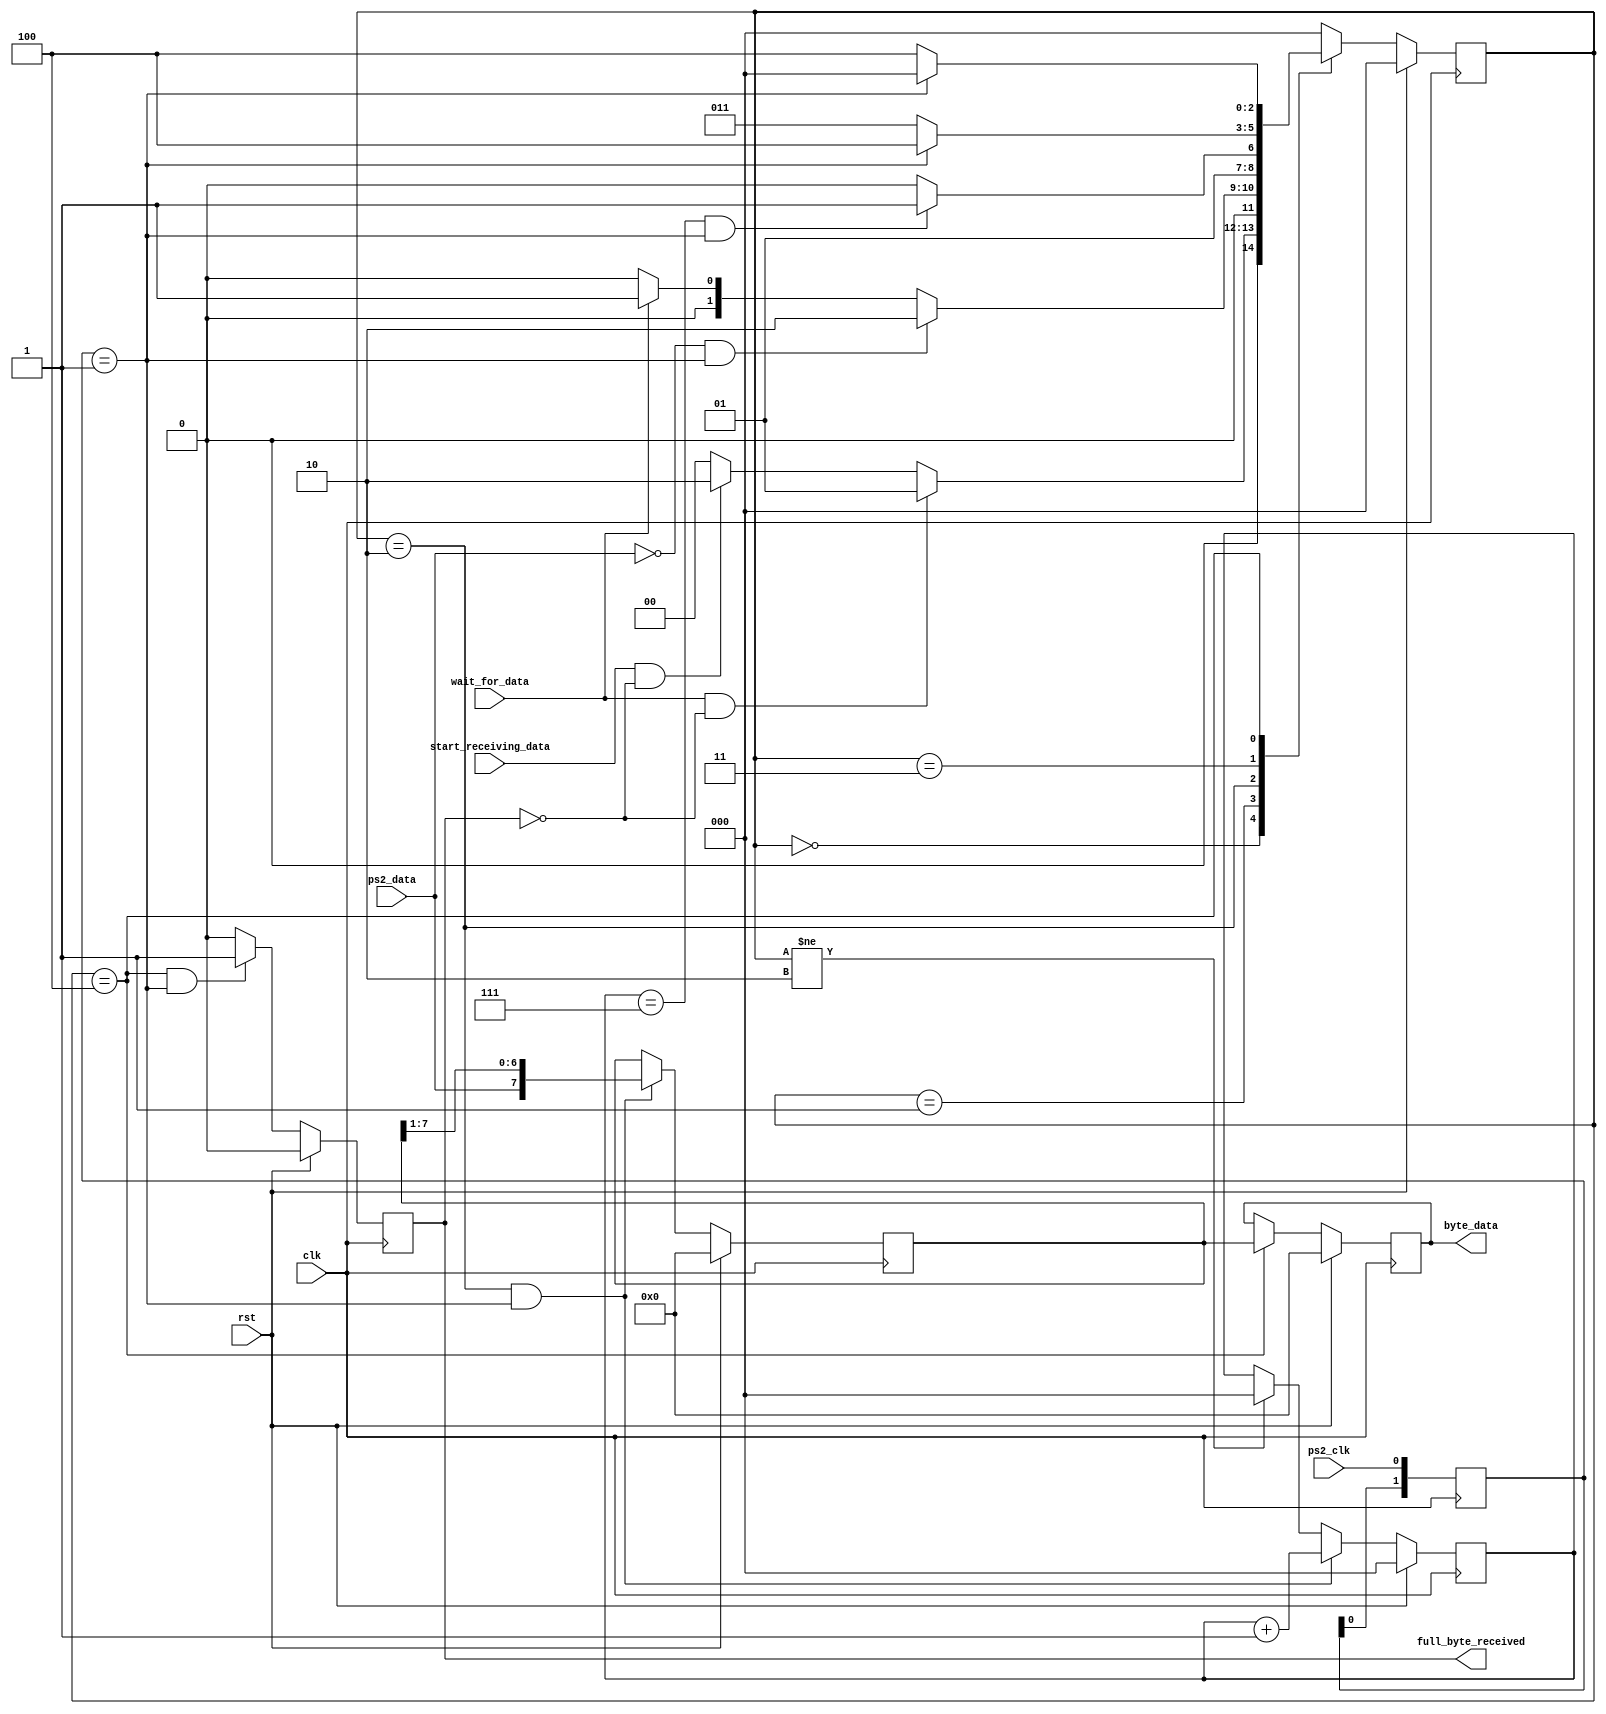
/*
 * PS/2 keyboard implementation.
 * Figuring out how it worked came from:
 * http://www.burtonsys.com/ps2_chapweske.htm
 * http://www.eecg.toronto.edu/~jayar/ece241_08F/AudioVideoCores/ps2/ps2.html
 * Could be made better, but this seems to work, and is modular if we wanted to add more to it.
 *
 */
module ps2_in(clk, rst, wait_for_data, start_receiving_data, ps2_clk, ps2_data, byte_data, full_byte_received);
	input clk;
	input rst;
	
	input wait_for_data;
	input start_receiving_data;
	
	input ps2_clk;
	input ps2_data;
	
	output reg [7:0] byte_data;
	output reg full_byte_received;
	
	// States for the FSM.
	parameter [2:0] idle             = 3'b000;
	parameter [2:0] waiting          = 3'b001;
	parameter [2:0] receiving_data   = 3'b010;
	parameter [2:0] receiving_parity = 3'b011;
	parameter [2:0] receiving_stop   = 3'b100;

	// Registers.
	reg [2:0] count;
	reg [7:0] data_shift;
	
	reg [2:0] next_state;
	reg [2:0] current_state;
	
	// Detect falling/rising edge of PS/2 clock
	reg [1:0] ps2_clk_count;
	always @(posedge clk) ps2_clk_count <= {ps2_clk_count[0], ps2_clk};
	wire ps2_clk_posedge = (ps2_clk_count[1:0] == 2'b01); 
	// Only the posedge is currently used in this design, but if the negedge is
   //	desired, uncomment the next line.
	//wire ps2_clk_negedge = (ps2_clk_count[1:0] == 2'b10);
	
	
	// FSM
	always @(posedge clk) begin
		if(rst) current_state <= idle;
		else    current_state <= next_state;
	end
	
	
	always @(*) begin
		
		next_state <= idle;
		
		case(current_state)
			idle: // In idle, the keyboard shouldn't be expecting to receive anything or send anything.
				begin
					if((wait_for_data) && (~full_byte_received))
						next_state <= waiting;
					else if((start_receiving_data) && (~full_byte_received))
						next_state <= receiving_data;
					else
						next_state <= idle;					
				end
			waiting: // Waiting for the data to go low, signaling that data will be coming in soon.
				begin
					if((~ps2_data) && (ps2_clk_posedge))
						next_state <= receiving_data;
					else if (~wait_for_data)
						next_state <= idle;
					else
						next_state <= waiting;
				end
			receiving_data: // receive all 8 bits of data.
				begin
					if((count == 3'b111) && (ps2_clk_posedge))
						next_state <= receiving_parity;
					else
						next_state <= receiving_data;
				end
			receiving_parity:
				begin
					if(ps2_clk_posedge) // Wait for the clk to go high.
						next_state <= receiving_stop;
					else
						next_state <= receiving_parity;
				end
			receiving_stop:
				begin
					if(ps2_clk_posedge) // Wait for the clk to go high.
						next_state <= idle;
					else
						next_state <= receiving_stop;
				end
			default:
				begin
					next_state <= idle; // Shouldn't happen.
				end
		endcase
	end
	
	// All of the sequential logic.
	
	// Control the counter for receiving data.
	always @(posedge clk) begin
		if(rst) begin
			count <= 3'b000;
		end
		else if((current_state == receiving_data) && (ps2_clk_posedge)) begin
			count <= count + 3'b001;
		end
		else if(current_state != receiving_data) begin
			count <= 3'b000;
		end
	end
	

	// Control the shift register.
	always @(posedge clk) begin
		if (rst) begin
			data_shift <= 8'b0;
		end
		else if((current_state == receiving_data) && (ps2_clk_posedge)) begin 
			// Data is latched on the positive edge, LSB first.
			data_shift <= {ps2_data, data_shift[7:1]};
		end
	end
	
	// Control the byte to output
	always @(posedge clk) begin
		if (rst) begin
			byte_data <= 8'b0;
		end
		else if(current_state == receiving_stop) begin
			byte_data <= data_shift;
		end
	end
	
	// Control full_byte_receive
	always @(posedge clk) begin
		if (rst) begin
			full_byte_received <= 1'b0;
		end
		else if((current_state == receiving_stop) && (ps2_clk_posedge)) begin
			full_byte_received <= 1'b1;
		end
		else begin
			full_byte_received <= 1'b0;
		end
	end
endmodule